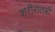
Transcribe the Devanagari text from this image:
शरीरांतही